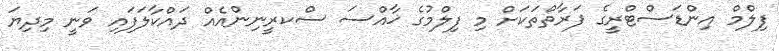
ފިލްމް އިންޑަސްޓްރީގެ ފަރާތްތަކަށް މި ފިލްމުގެ ޚާއްސަ ސްކރީނިންއެއް ދައްކާލަފައި ވަނީ މިދިޔަ